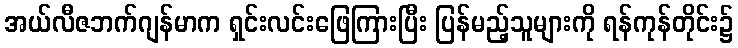
အယ်လီဇဘက်ဂျန်မာက ရှင်းလင်းဖြေကြားပြီး ပြန်မည့်သူများကို ရန်ကုန်တိုင်း၌